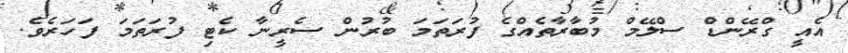
އެއީ ގްރޭންޑް ސްލޭމް މުބާރާތެއްގެ ފުރަތަމަ ބުރުން ސެރީނާ ކެޓި ފުރަތަމަ ފަހަރެވެ.